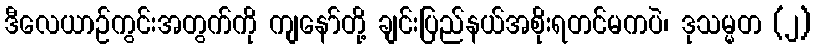
ဒီလေယာဉ်ကွင်းအတွက်ကို ကျနော်တို့ ချင်းပြည်နယ်အစိုးရတင်မကပဲ၊ ဒုသမ္မတ (၂)